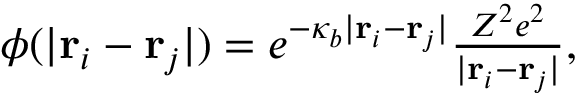
\begin{array} { r } { \phi ( | { \bf r } _ { i } - { \bf r } _ { j } | ) = e ^ { - \kappa _ { b } | { \bf r } _ { i } - { \bf r } _ { j } | } \frac { Z ^ { 2 } e ^ { 2 } } { | { \bf r } _ { i } - { \bf r } _ { j } | } , } \end{array}